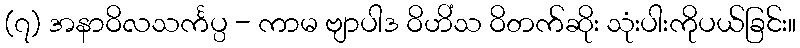
(၇) အနာဝိလသင်္ကပ္ပ - ကာမ ဗျာပါဒ ဝိဟိံသ ဝိတက်ဆိုး သုံးပါးကိုပယ်ခြင်း။